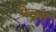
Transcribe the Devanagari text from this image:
गेलस